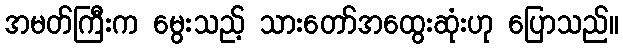
အမတ်ကြီးက မွေးသည့် သားတော်အထွေးဆုံးဟု ပြောသည်။